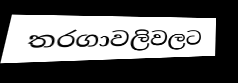
තරගාවලිවලට